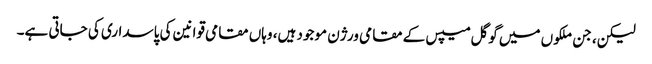
لیکن، جن ملکوں میں گوگل میپس کے مقامی ورژن موجود ہیں، وہاں مقامی قوانین کی پاسداری کی جاتی ہے۔